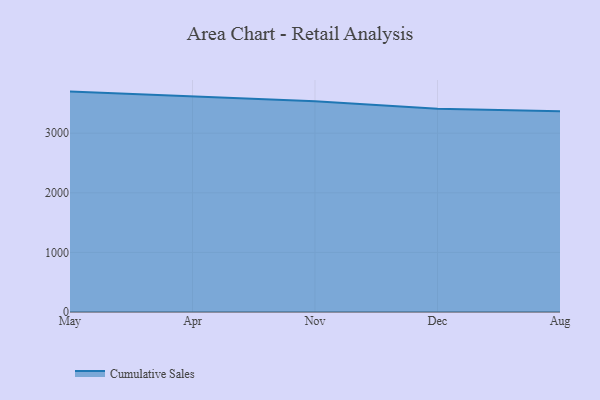
{"axis": {"x": "Month", "y": "Headcount"}, "legend": ["Cumulative Sales"], "data": [{"x": "May", "y": 3697.9, "type": "Cumulative Sales"}, {"x": "Apr", "y": 3618.5, "type": "Cumulative Sales"}, {"x": "Nov", "y": 3535.3, "type": "Cumulative Sales"}, {"x": "Dec", "y": 3411.5, "type": "Cumulative Sales"}, {"x": "Aug", "y": 3368.4, "type": "Cumulative Sales"}]}